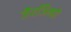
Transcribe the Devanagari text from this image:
जैरजिन्हो